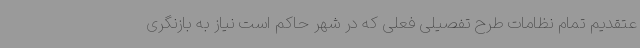
عتقدیم تمام نظامات طرح تفصیلی فعلی که در شهر حاکم است نیاز به بازنگری